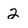
Character: 2